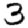
Digit: 3